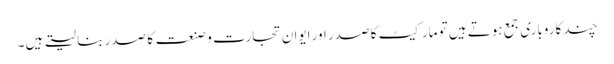
چند کاروباری جمع ہوتے ہیں تو مارکیٹ کا صدر اور ایوانِ تجارت و صنعت کا صدر بنا لیتے ہیں۔